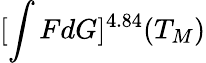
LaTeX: [\int FdG]^{4.84}(T_{M})